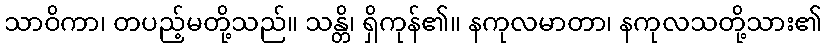
သာဝိကာ၊ တပည့်မတို့သည်။ သန္တိ၊ ရှိကုန်၏။ နကုလမာတာ၊ နကုလသတို့သား၏